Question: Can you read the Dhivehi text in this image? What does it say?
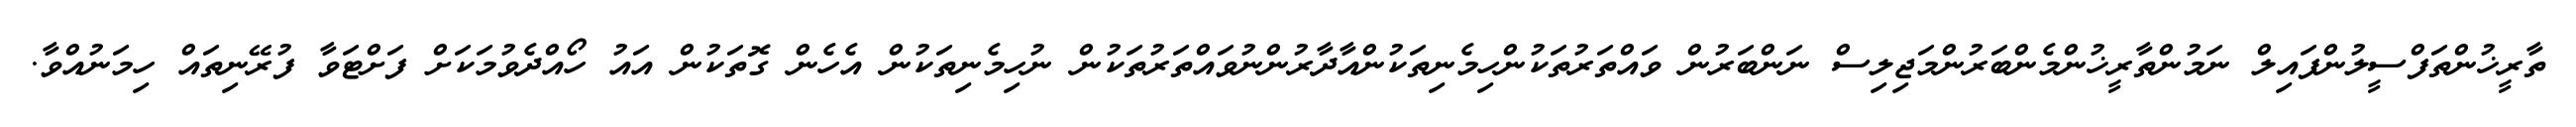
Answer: ތާރީޚުންތަފްސީލުންފައިލް ނަމުންތާރީޚުންމެންބަރުންމަޖިލިސް ނަންބަރުން ވައްތަރުތަކުންހިމެނިތަކުންއާދާރުންނުވައްތަރުތަކުން ނުހިމެނިތަކުން އެހެން ގޮތަކުން އައު ހޯއްދެވުމަކަށް ފަށްޓަވާ ފުރޭނިތައް ހިމަނުއްވާ.